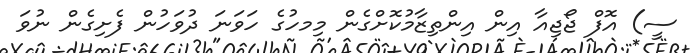
ސީ) އޮފް ޖޯޖިއާ އިން އިންތިޒާމުކޮށްގެން މިމހުގެ ހަވަނަ ދުވަހުން ފެށިގެން ނުވަ